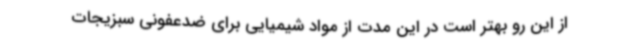
از این رو بهتر است در این مدت از مواد شیمیایی برای ضدعفونی سبزیجات